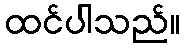
ထင်ပါသည်။